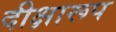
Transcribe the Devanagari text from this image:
दीक्षारूप